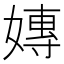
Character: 嫥